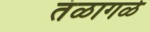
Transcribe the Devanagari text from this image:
तंळागळे